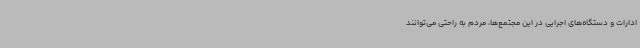
ادارات و دستگاه‌های اجرایی در این مجتمع‌ها، مردم به راحتی می‌توانند